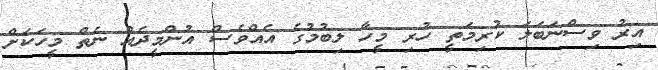
އިރު ވިސްނަބަލަ ކުރިމަތީ ހުރި މީހާ ލިބުމުގެ އެއްވެސް އުންމީދެއް ނެތް މީހަކަށް